Civil Veterinary Dept. Assam report 1927-50 - 1927-1950
Year: 1927
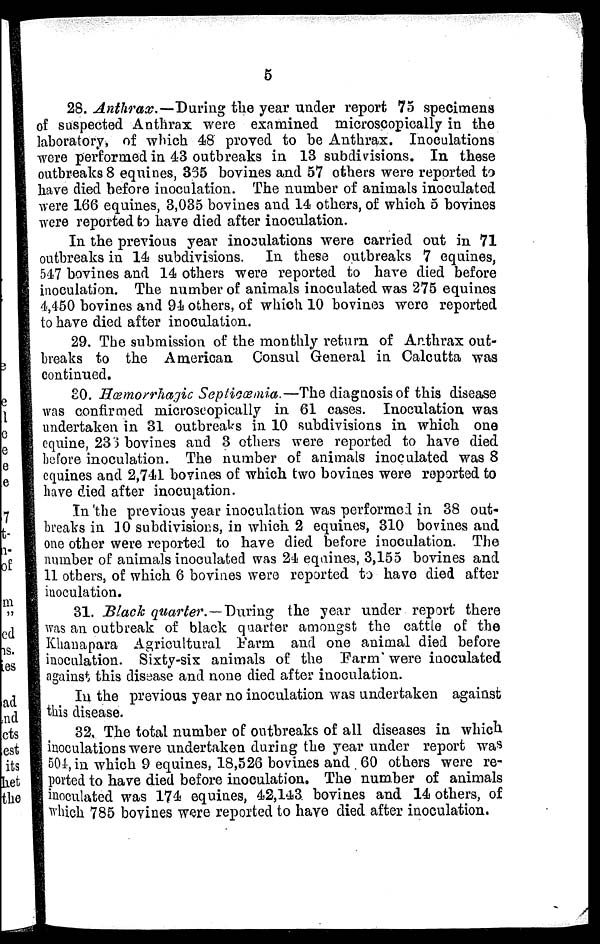
5
28. Anthrax.—During the year under report 75 specimens
of suspected Anthrax were examined microscopically in the
laboratory, of which 48 proved to be Anthrax. Inoculations
were performed in 43 outbreaks in 13 subdivisions. In these
outbreaks 8 equines, 335 bovines and 57 others were reported to
have died before inoculation. The number of animals inoculated
were 166 equines, 3,035 bovines and 14 others, of which 5 bovines
were reported to have died after inoculation.
In the previous year inoculations were carried out in 71
outbreaks in 14 subdivisions. In these outbreaks 7 equines,
547 bovines and 14 others were reported to have died before
inoculation. The number of animals inoculated was 275 equines
4,450 bovines and 94 others, of which 10 bovine3 were reported
to have died after inoculation.
29. The submission of the monthly return of Anthrax out-
breaks to the American Consul General in Calcutta was
continued.
30. Hæmorrhagic Septicæmia.—The diagnosis of this disease
was confirmed microseopically in 61 cases. Inoculation was
undertaken in 31 outbreaks in 10 subdivisions in which one
equine, 236 bovines and 3 others were reported to have died
before inoculation. The number of animals inoculated was 8
equines and 2,741 bovines of which two bovines were reported to
have died after inoculation.
In the previous year inoculation was performed in 38 out-
breaks in 10 subdivisions, in which 2 equines, 310 bovines and
one other were reported to have died before inoculation. The
number of animals inoculated was 24 equine, 3,155 bovines and
11 others, of which 6 bovines were reported to have died after
inoculation.
31. Black quarter.—During the year under report there
was an outbreak of black quarter amongst the cattle of the
Khauapara Agricultural Farm and one animal died before
inoculation. Sixty-six animals of the Farm were inoculated
against this disease and none died after inoculation.
In the previous year no inoculation was undertaken against
this disease.
32. The total number of outbreaks of all diseases in which
inoculations were undertaken during the year under report was
504, in which 9 equines, 18,526 bovines and 60 others were re-
ported to have died before inoculation. The number of animals
inoculated was 174 equines, 42,143 bovines and 14 others, of
which 785 bovines were reported to have died after inoculation.